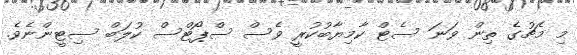
މި މެޗުގެ ތިން ވަނަ ސެޓް ކާމިޔާބުކުރީ ވެސް ސްޕޯޓްސް ކުލަބް ސިޓީންނެވެ.